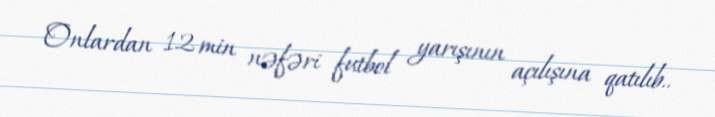
Onlardan 12 min nəfəri futbol yarışının açılışına qatılıb..